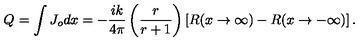
Q _ { } = \int J _ { o } d x = - \frac { i k } { 4 \pi } \left( \frac { r } { r + 1 } \right) \left[ R ( x \rightarrow \infty ) - R ( x \rightarrow - \infty ) \right] .